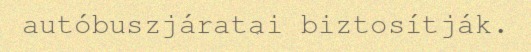
autóbuszjáratai biztosítják.